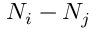
{ N _ { i } - N _ { j } }